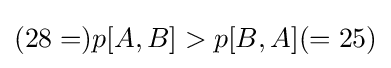
(28=)p[A,B]>p[B,A](=25)